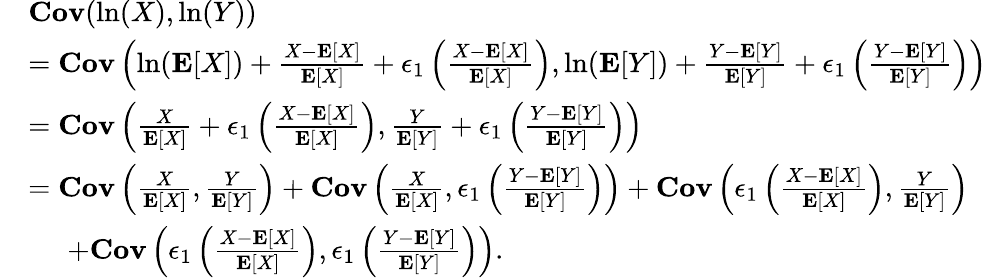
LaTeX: \begin{array}{rl}&{{\mathbf{Cov}}(\ln(X),\ln(Y))}\\ &{={\mathbf{Cov}}\left(\ln(\mathbf{E}[X])+\frac{X-\mathbf{E}[X]}{\mathbf{E}[X]}+\epsilon_{1}\left(\frac{X-\mathbf{E}[X]}{\mathbf{E}[X]}\right),\ln(\mathbf{E}[Y])+\frac{Y-\mathbf{E}[Y]}{\mathbf{E}[Y]}+\epsilon_{1}\left(\frac{Y-\mathbf{E}[Y]}{\mathbf{E}[Y]}\right)\right)}\\ &{={\mathbf{Cov}}\left(\frac{X}{\mathbf{E}[X]}+\epsilon_{1}\left(\frac{X-\mathbf{E}[X]}{\mathbf{E}[X]}\right),\frac{Y}{\mathbf{E}[Y]}+\epsilon_{1}\left(\frac{Y-\mathbf{E}[Y]}{\mathbf{E}[Y]}\right)\right)}\\ &{={\mathbf{Cov}}\left(\frac{X}{\mathbf{E}[X]},\frac{Y}{\mathbf{E}[Y]}\right)+{\mathbf{Cov}}\left(\frac{X}{\mathbf{E}[X]},\epsilon_{1}\left(\frac{Y-\mathbf{E}[Y]}{\mathbf{E}[Y]}\right)\right)+{\mathbf{Cov}}\left(\epsilon_{1}\left(\frac{X-\mathbf{E}[X]}{\mathbf{E}[X]}\right),\frac{Y}{\mathbf{E}[Y]}\right)}\\ &{\; \; \; \; \; +{\mathbf{Cov}}\left(\epsilon_{1}\left(\frac{X-\mathbf{E}[X]}{\mathbf{E}[X]}\right),\epsilon_{1}\left(\frac{Y-\mathbf{E}[Y]}{\mathbf{E}[Y]}\right)\right).}\end{array}